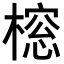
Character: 𬄔